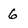
Character: 6